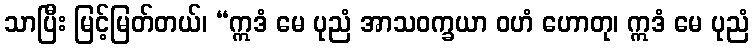
သာပြီး မြင့်မြတ်တယ်၊ “ဣဒံ မေ ပုညံ အာသဝက္ခယာ ဝဟံ ဟောတု၊ ဣဒံ မေ ပုညံ